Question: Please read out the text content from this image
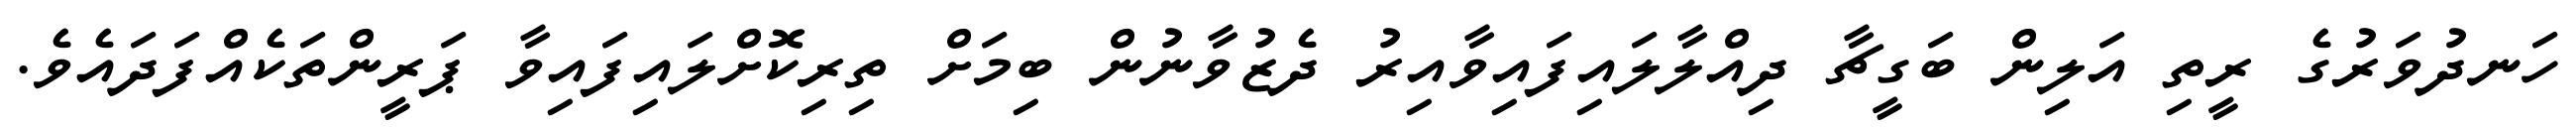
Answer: ހަނދުވަރުގެ ރީތި އަލިން ބަގީޗާ ދިއްލާލައިފައިވާއިރު ދެޒުވާނުން ބިމަށް ތިރިކޮށްލައިފައިވާ ޕަރީންތަކެއްފަދައެވެ.